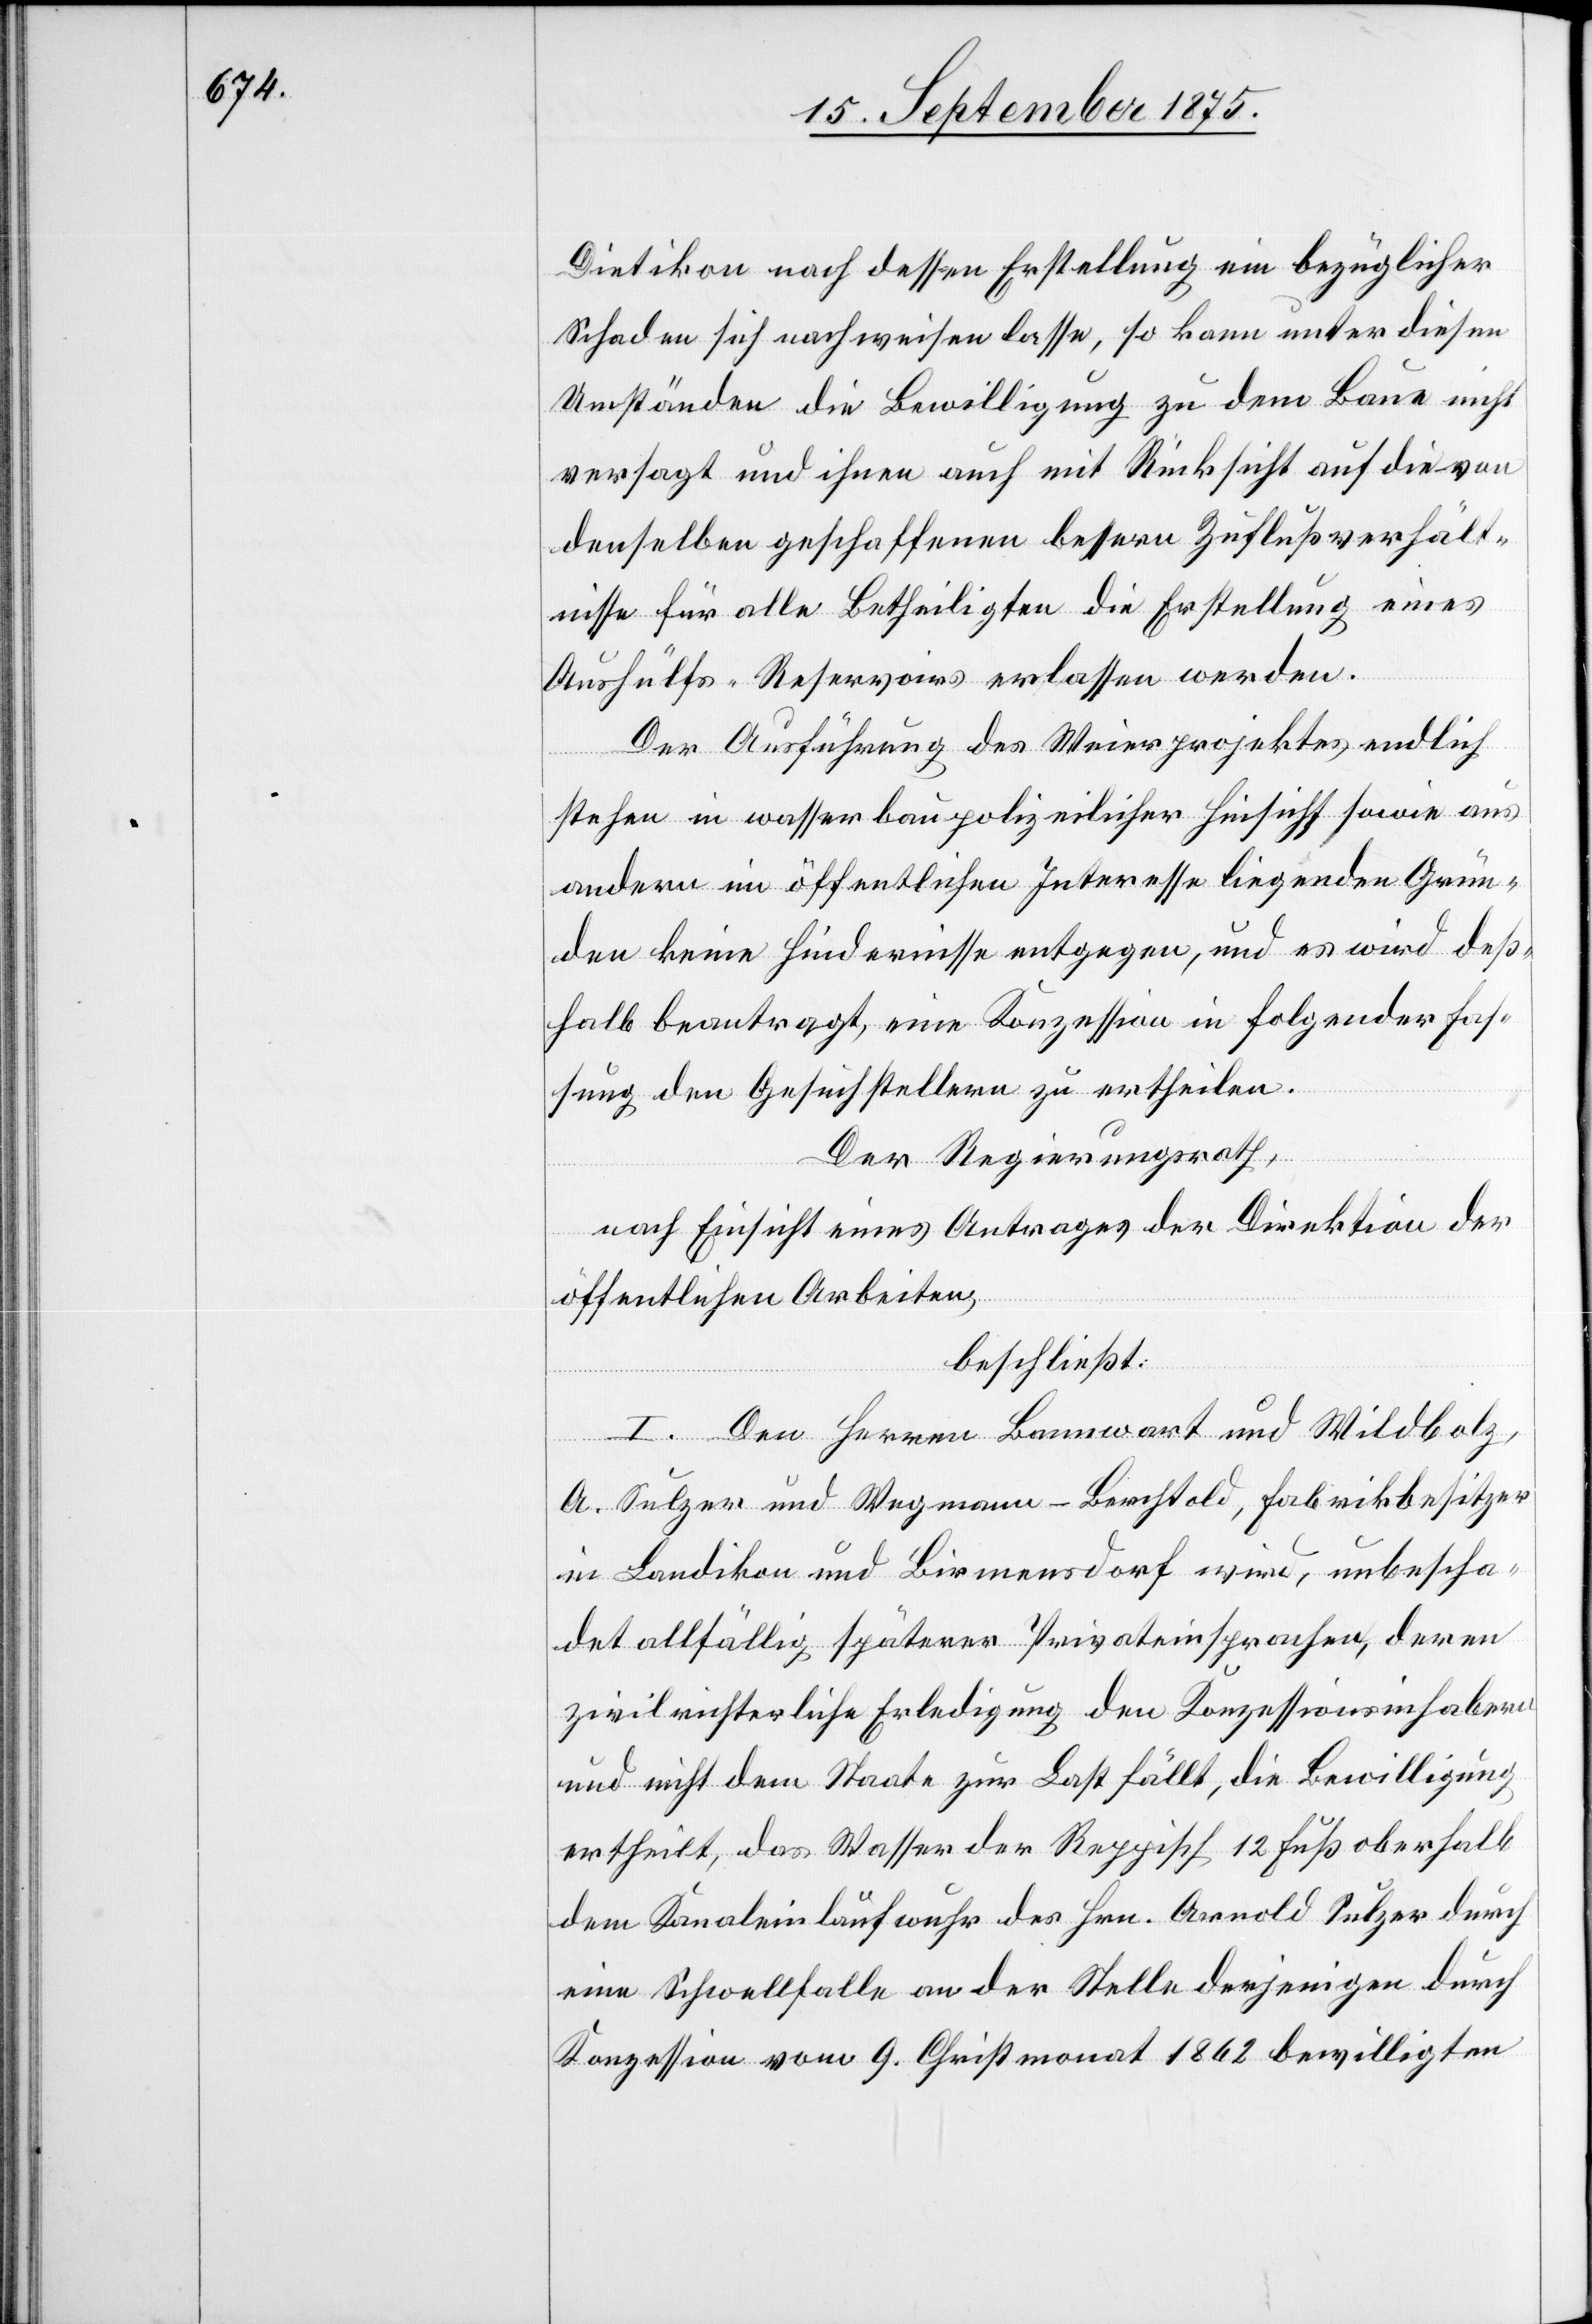
Dietikon nach dessen Erstellung ein bezüglicher
Schaden sich nachweisen lasse, so kann unter diesen
Umständen die Bewilligung zu dem Baue nicht
versagt und ihnen auch mit Rücksicht auf die von
denselben geschaffenen bessern Zuflußverhält¬
nisse für alle Betheiligten die Erstellung eines
Aushülfs-Reservoirs erlassen werden.
Der Ausführung des Weierprojektes endlich
stehen in wasserbaupolizeilicher Hinsicht sowie aus
andern im öffentlichen Interesse liegenden Grün¬
den keine Hindernisse entgegen, und es wird deß¬
halb beantragt, eine Konzession in folgender Fas¬
sung den Gesuchstellern zu ertheilen.
Der Regierungsrath,
nach Einsicht eines Antrages der Direktion der
öffentlichen Arbeiten,
beschließt:
I. Den Herren Bannwart und Wildbolz,
A. Sulzer und Wegmann-Berchtold, Fabrikbesitzer
in Landikon und Birmensdorf wird, unbescha¬
det allfällig späterer Privateinsprachen, deren
zivilrichterliche Erledigung den Konzessionsinhabern
und nicht dem Staate zur Last fällt, die Bewilligung
ertheilt, da Wasser der Reppisch 12 Fuß oberhalb
dem Kanaleinlaufwuhr des Hrn. Arnold Sulzer durch
eine Schwellfalle an der Stelle derjenigen durch
Konzession vom 9. Christmonat 1862 bewilligten